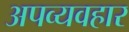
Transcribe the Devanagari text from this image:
अपव्यवहार